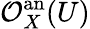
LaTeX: {\mathcal{O}}_{X}^{\mathrm{an}}(U)